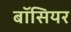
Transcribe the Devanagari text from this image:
बॉसियर